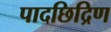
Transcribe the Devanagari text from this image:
पादछिद्रिण